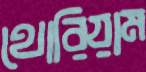
থোরিয়াম